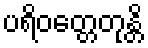
ပရိဝတ္တေတုန္တိ